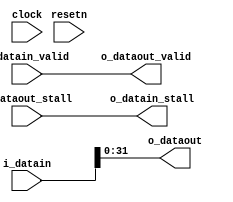
module vfabric_trunc(clock, resetn, 
      i_datain, i_datain_valid, o_datain_stall, 
      o_dataout, i_dataout_stall, o_dataout_valid);

parameter DATAIN_WIDTH = 64;
parameter DATAOUT_WIDTH = 32;

  input clock, resetn;
  input [DATAIN_WIDTH-1:0] i_datain;
  input i_datain_valid;
  output o_datain_stall;
  output [DATAOUT_WIDTH-1:0] o_dataout;
  input i_dataout_stall;
  output o_dataout_valid;
  
  assign o_dataout = i_datain[DATAOUT_WIDTH-1:0];
  assign o_datain_stall = i_dataout_stall;
  assign o_dataout_valid = i_datain_valid;
 
endmodule